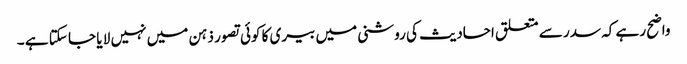
واضح رہے کہ سدر سے متعلق احادیث کی روشنی میں بیری کا کوئی تصور ذہن میں نہیں لا یا جا سکتا ہے ۔